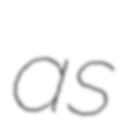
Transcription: as